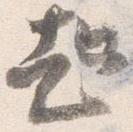
起